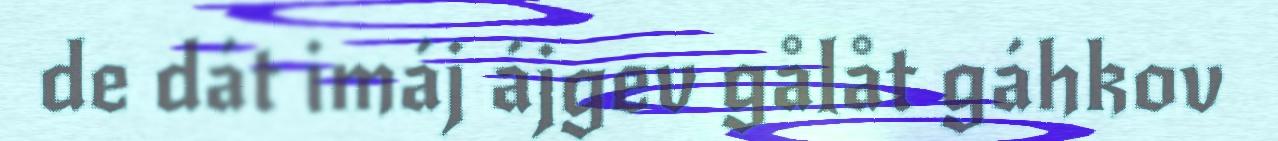
de dát imáj ájgev gålåt gáhkov